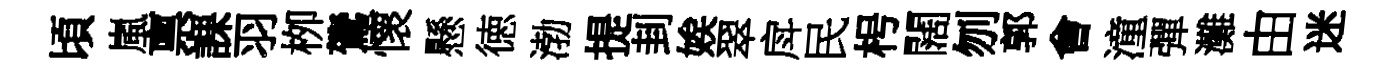
頃嵐禀課羽栁鷟懷懸徳渤提刲娭翠戽民枵闊刎郭㑹潼彈灘由迷